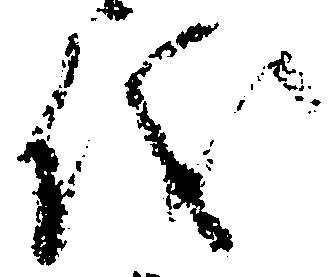
儀